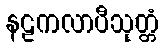
နဠကလာပီသုတ္တံ